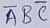
Text: ABC